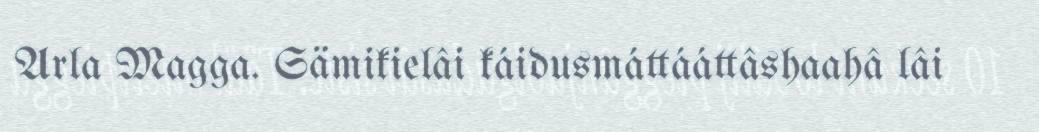
Arla Magga. Sämikielâi káidusmáttááttâshaahâ lâi